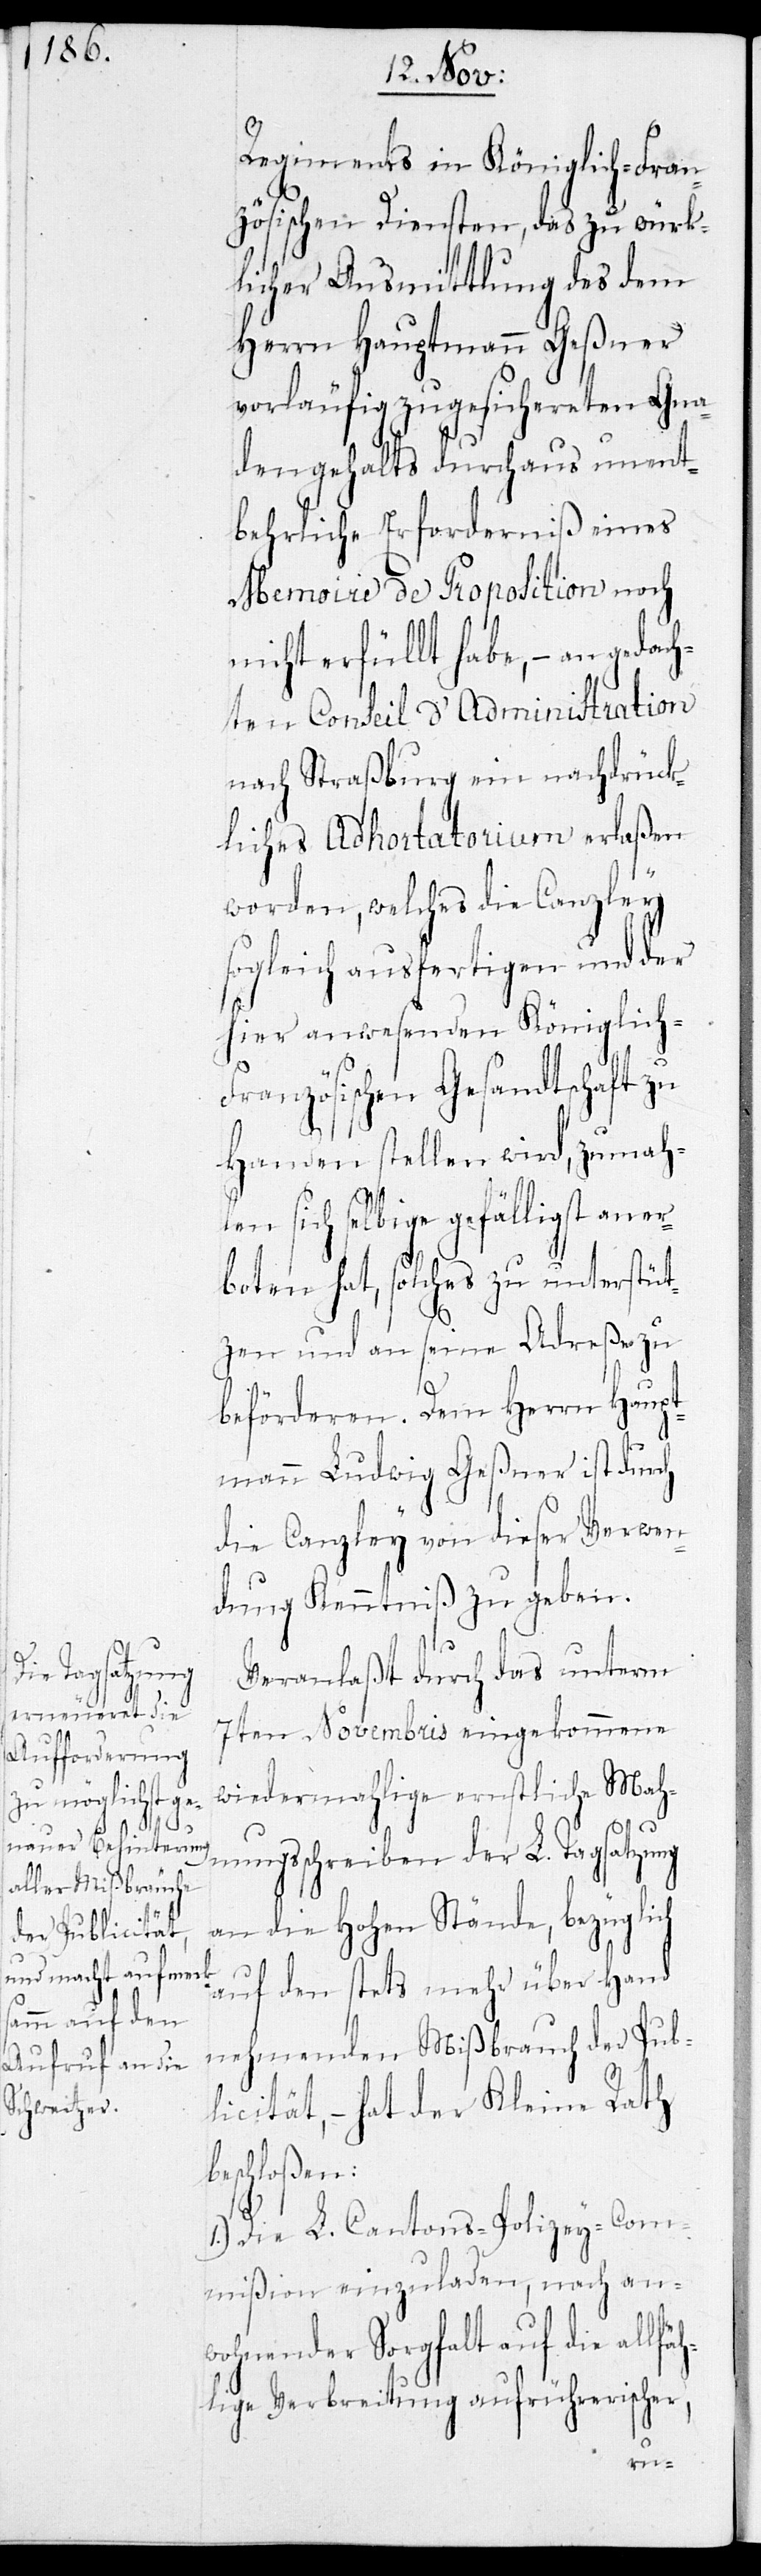
Regiments in Königlich-Fran¬
zösischen Diensten, des zu würk¬
licher Ausmittlung des dem
Herrn Hauptmann Geßner
vorläufig zugesichereten Gna¬
dengehalts durchaus unent¬
behrliche Erforderniß eines
Memoire de Proposition noch
nicht erfüllt habe, – an gedach¬
ten Conseil d’Administration
nach Straßburg ein nachdrück¬
liches Adhortatorium erlaßen
worden, welches die Canzley
sogleich ausfertigen und der
hier anwesenden Königlich-F¬
ranzösischen Gesandtschaft zu
Handen stellen wird, zumahlen
selbige gefälligst ane¬
rboten hat, solches zu unterstüt¬
zen und an seine Adreße zu
beförderen. Dem Herrn Haupt¬
mann Ludwig Geßner ist durch
die Canzley von dieser Verwen¬
dung Kenntniß zu geben.
Veranlaßt durch das unterm
7ten Novembris eingekommene
wiedermahlige ernstliche Mah¬
nungsschreiben der L. Tagsatzung
an die Hohen Stände, bezüglich
auf den stets mehr überhand¬
nehmenden Mißbrauch der Pub¬
licität, – hat der Kleine Rath
schloßen:
1.) Die L. Cantons-Polizey-Com¬
mißion einzuladen, nach an¬
wohnender Sorgfalt auf die al¬
lige Verbreitung aufrührerischer,
lfäh¬